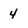
Character: 4